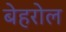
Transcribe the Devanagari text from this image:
बेहरोल